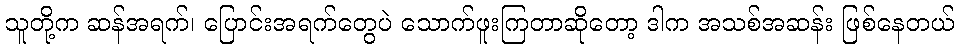
သူတို့က ဆန်အရက်၊ ပြောင်းအရက်တွေပဲ သောက်ဖူးကြတာဆိုတော့ ဒါက အသစ်အဆန်း ဖြစ်နေတယ်